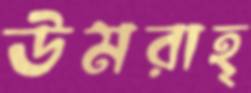
উমরাহ্‌